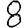
Digit: 8